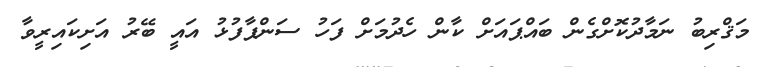
މަޤްރިބު ނަމާދުކޮށްގެން ބައްޕައަށް ކާން ހެދުމަށް ފަހު ސަންޕާފުޅު އައީ ބޭރު އަށިކައިރީވާ